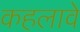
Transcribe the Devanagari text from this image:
कहलावे